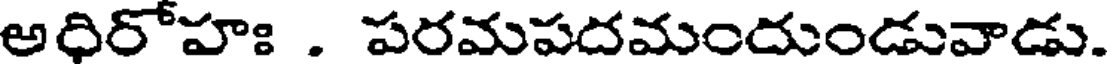
అధిరోహః . పరమపదమందుండువాడు.